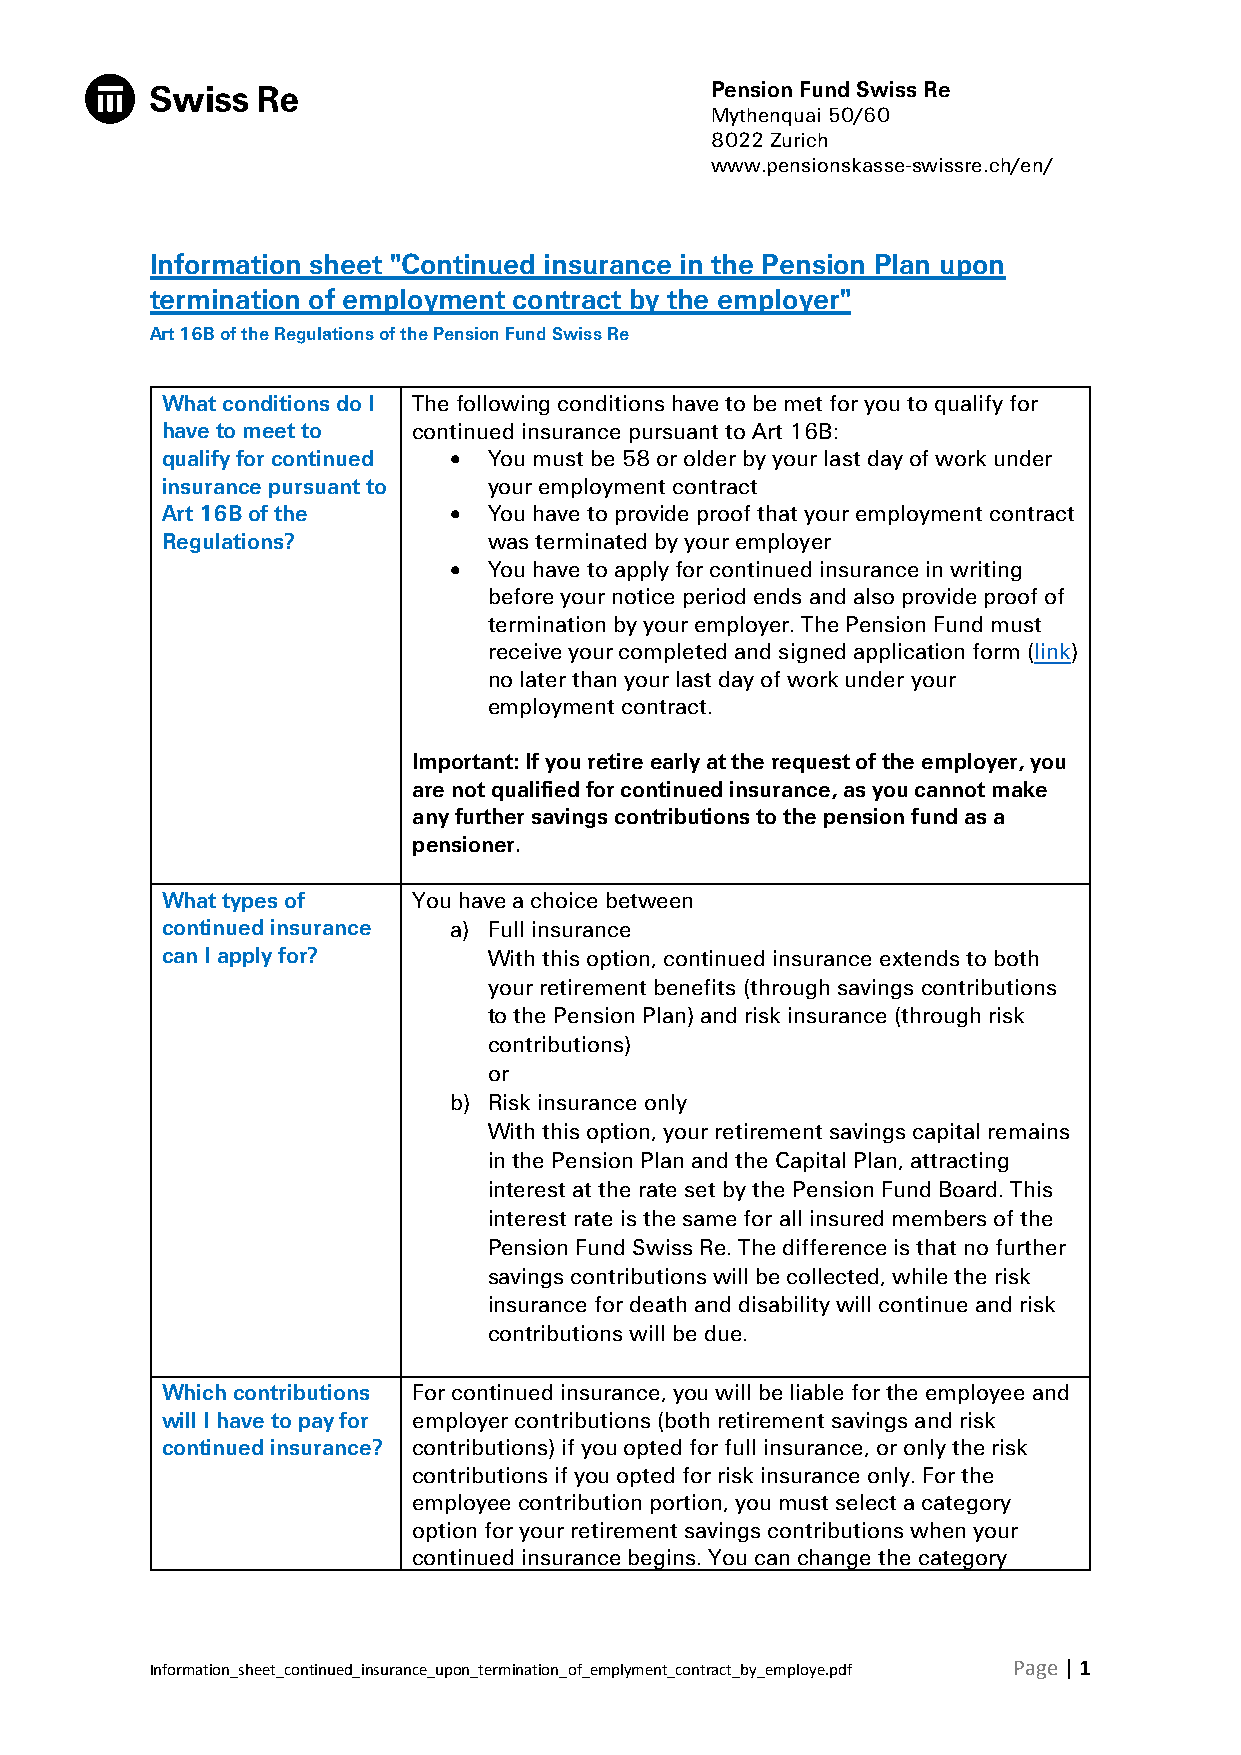
Pension Fund Swiss Re
 Mythenquai 50/60
 8022 Zurich
 www.pensionskasse-swissre.ch/en/
 Information sheet "Continued insurance in the Pension Plan upon
 termination of employment contract by the employer"
 Art 16B of the Regulations of the Pension Fund Swiss Re
 What conditions do I The following conditions have to be met for you to qualify for
 have to meet to continued insurance pursuant to Art 16B:
 qualify for continued • You must be 58 or older by your last day of work under
 insurance pursuant to your employment contract
 Art 16B of the     • You have to provide proof that your employment contract
 Regulations?         was terminated by your employer
 • You have to apply for continued insurance in writing
 before your notice period ends and also provide proof of
 termination by your employer. The Pension Fund must
 receive your completed and signed application form (link)
 no later than your last day of work under your
 employment contract.
 Important: If you retire early at the request of the employer, you
 are not qualified for continued insurance, as you cannot make
 any further savings contributions to the pension fund as a
 pensioner.
 What types of   You have a choice between
 continued insurance a) Full insurance
 can I apply for?     With this option, continued insurance extends to both
 your retirement benefits (through savings contributions
 to the Pension Plan) and risk insurance (through risk
 contributions)
 or
 b) Risk insurance only
 With this option, your retirement savings capital remains
 in the Pension Plan and the Capital Plan, attracting
 interest at the rate set by the Pension Fund Board. This
 interest rate is the same for all insured members of the
 Pension Fund Swiss Re. The difference is that no further
 savings contributions will be collected, while the risk
 insurance for death and disability will continue and risk
 contributions will be due.
 Which contributions For continued insurance, you will be liable for the employee and
 will I have to pay for employer contributions (both retirement savings and risk
 continued insurance? contributions) if you opted for full insurance, or only the risk
 contributions if you opted for risk insurance only. For the
 employee contribution portion, you must select a category
 option for your retirement savings contributions when your
 continued insurance begins. You can change the category
 Information_sheet_continued_insurance_upon_termination_of_emplyment_contract_by_employe.pdf Page | 1